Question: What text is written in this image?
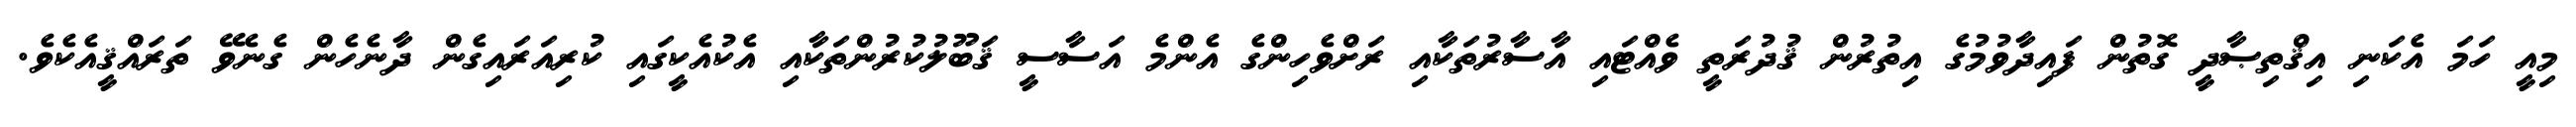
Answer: މިއީ ހަމަ އެކަނި އިޤްތިޞާދީ ގޮތުން ފައިދާވުމުގެ އިތުރުން ޤުދުރަތީ ވެއްޓައި އާސާރުތަކާއި ރަށްވެހިންގެ އެންމެ އަސާސީ ޤަބޫލުކުރުންތަކާއި އެކުއެކީގައި ކުރިއަރައިގެން ދާނެހެން ގެނެވޭ ތަރައްޤީއެކެވެ.